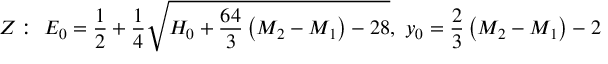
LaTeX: Z : ~ E _ { 0 } = { \frac { 1 } { 2 } } + { \frac { 1 } { 4 } } \sqrt { H _ { 0 } + { \frac { 6 4 } { 3 } } \left( M _ { 2 } - M _ { 1 } \right) - 2 8 } , ~ y _ { 0 } = { \frac { 2 } { 3 } } \left( M _ { 2 } - M _ { 1 } \right) - 2